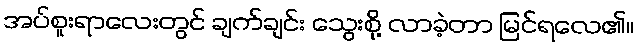
အပ်စူးရာလေးတွင် ချက်ချင်း သွေးစို့ လာခဲ့တာ မြင်ရလေ၏။